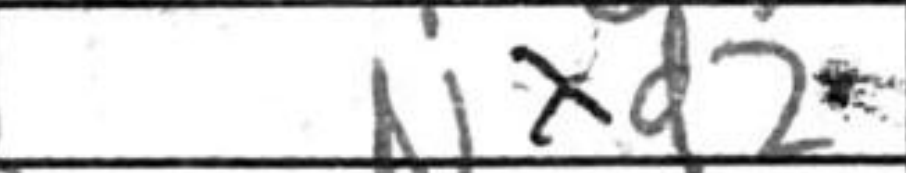
Transcription: Nxd2